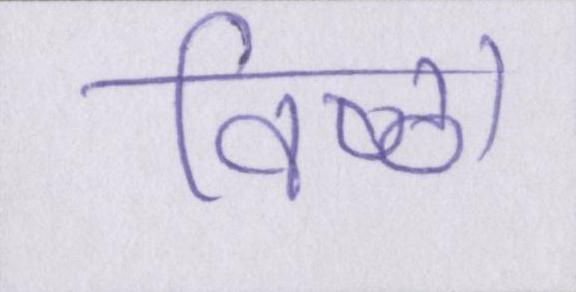
विष्ठा